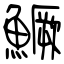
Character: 鱖